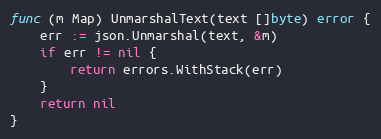
Language: Go
func (m Map) UnmarshalText(text []byte) error {
	err := json.Unmarshal(text, &m)
	if err != nil {
		return errors.WithStack(err)
	}
	return nil
}